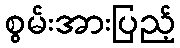
စွမ်းအားပြည့်